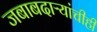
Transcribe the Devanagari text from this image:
जबाबदाऱ्यांचीही